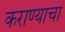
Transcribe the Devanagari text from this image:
कराण्याचा